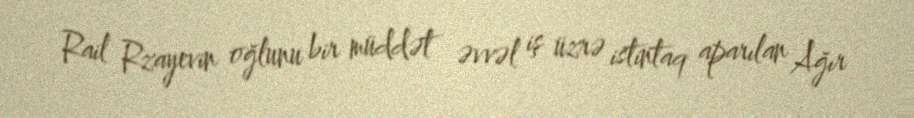
Rail Rzayevin oğlunu bir müddət əvvəl iş üzrə istintaq aparılan Ağır